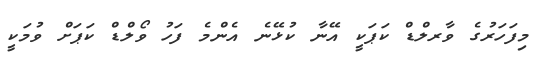
މިފަހަރުގެ ވާރލްޑް ކަޕަކީ އޭނާ ކުޅޭނެ އެންމެ ފަހު ވޯލްޑް ކަޕަށް ވުމަކީ